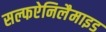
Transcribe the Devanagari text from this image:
सल्फऐनिलैमाइड